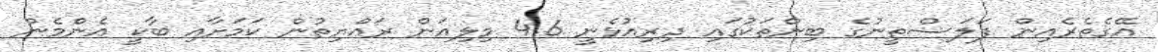
އޭގެތެރެއިން ފަލަސްތީނުގެ ބިންތަކުގައި ދިރިއުޅެނީ 4.6 މިލިއަން ރައްޔިތުން ކަމަށާއި ބާކީ އެންމެން